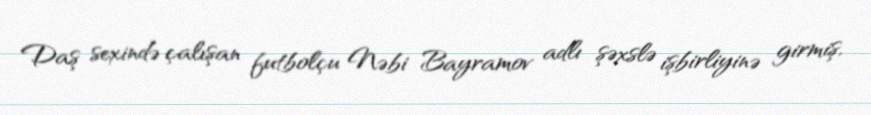
Daş sexində çalışan futbolçu Nəbi Bayramov adlı şəxslə işbirliyinə girmiş,